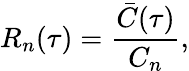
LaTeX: R_{n}(\tau)=\frac{\bar{C}(\tau)}{C_{n}},